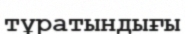
тұратындығы